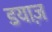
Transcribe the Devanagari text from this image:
डयाज़